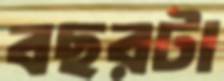
বছরটা